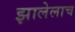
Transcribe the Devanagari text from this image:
झालेलाच